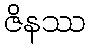
ဇိနဿ